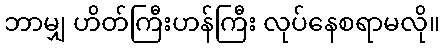
ဘာမျှ ဟိတ်ကြီးဟန်ကြီး လုပ်နေစရာမလို။